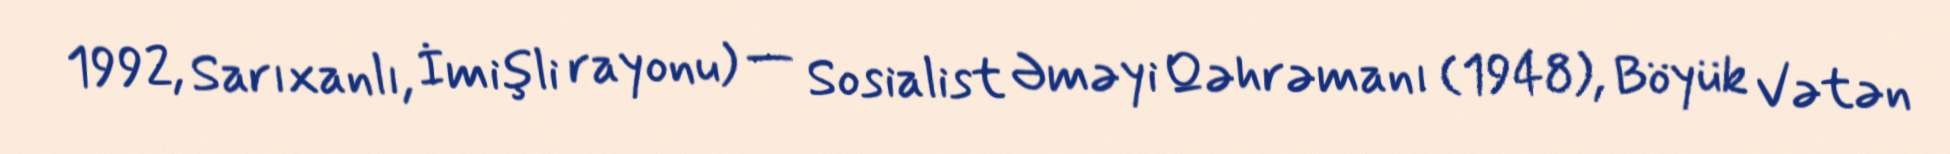
1992, Sarıxanlı, İmişli rayonu) — Sosialist Əməyi Qəhrəmanı (1948), Böyük Vətən